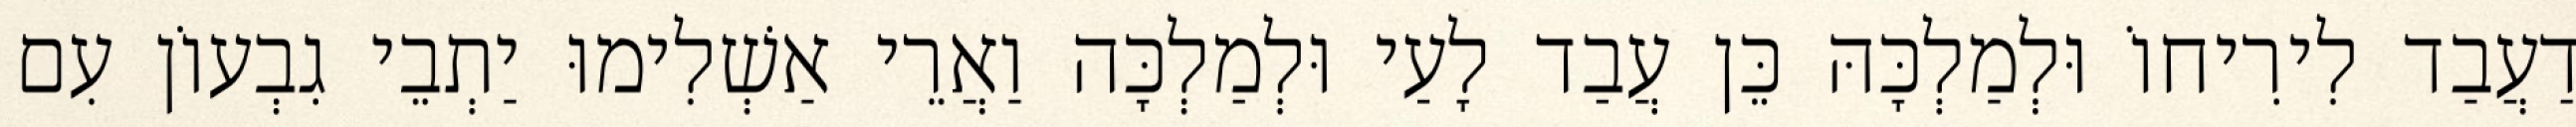
דַעֲבַד לִירִיחוֹ וּלְמַלְכָּהּ כֵּן עֲבַד לָעַי וּלְמַלְכָּה וַאֲרֵי אַשְׁלִימוּ יַתְבֵי גִבְעוֹן עִם